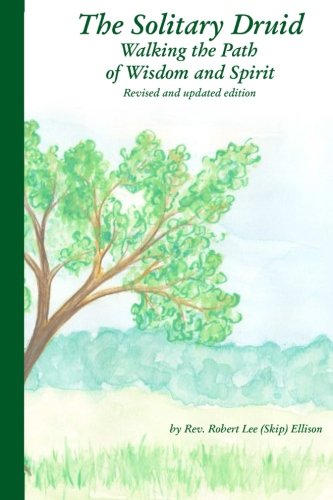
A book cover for The Solitary Druid: Walking the Path of Wisdom and Spirit; Rev. Robert (Skip) Ellison; Religion & Spirituality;